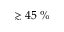
\gtrsim 4 5 \; \%